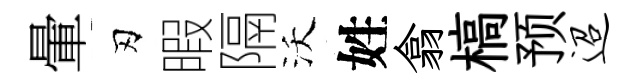
暈刃暇隔沃姓翕槁预迢